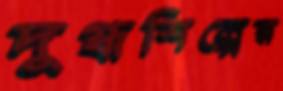
দুগ্ধশিল্পের